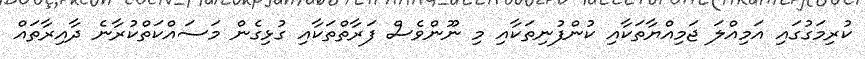
ކުރިމަގުގައި އަމިއްލަ ޖަމިއްޔާތަކާއި ކުންފުނިތަކާއި މި ނޫންވެސް ފަރާތްތަކާއި ގުޅިގެން މަސައްކަތްކުރާނެ ދާއިރާތައް